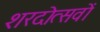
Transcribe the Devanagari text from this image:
शरदोत्सवों